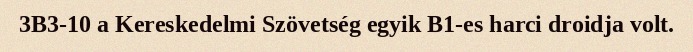
3B3-10 a Kereskedelmi Szövetség egyik B1-es harci droidja volt.